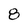
Character: 8